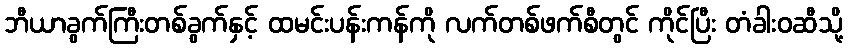
ဘီယာခွက်ကြီးတစ်ခွက်နှင့် ထမင်းပန်းကန်ကို လက်တစ်ဖက်စီတွင် ကိုင်ပြီး တံခါးဝဆီသို့